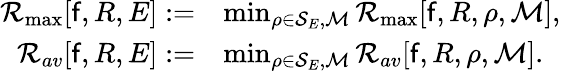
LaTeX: \begin{array}{rl}{{\cal R}_{\operatorname*{max}}[\mathsf{f},R,E]:=}&{\operatorname*{min}_{\rho\in{\cal S}_{E},{\cal M}}{\cal R}_{\operatorname*{max}}[\mathsf{f},R,\rho,{\cal M}],}\\ {{\cal R}_{av}[\mathsf{f},R,E]:=}&{\operatorname*{min}_{\rho\in{\cal S}_{E},{\cal M}}{\cal R}_{av}[\mathsf{f},R,\rho,{\cal M}].}\end{array}